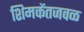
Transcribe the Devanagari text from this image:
शिमकेंतजवळ